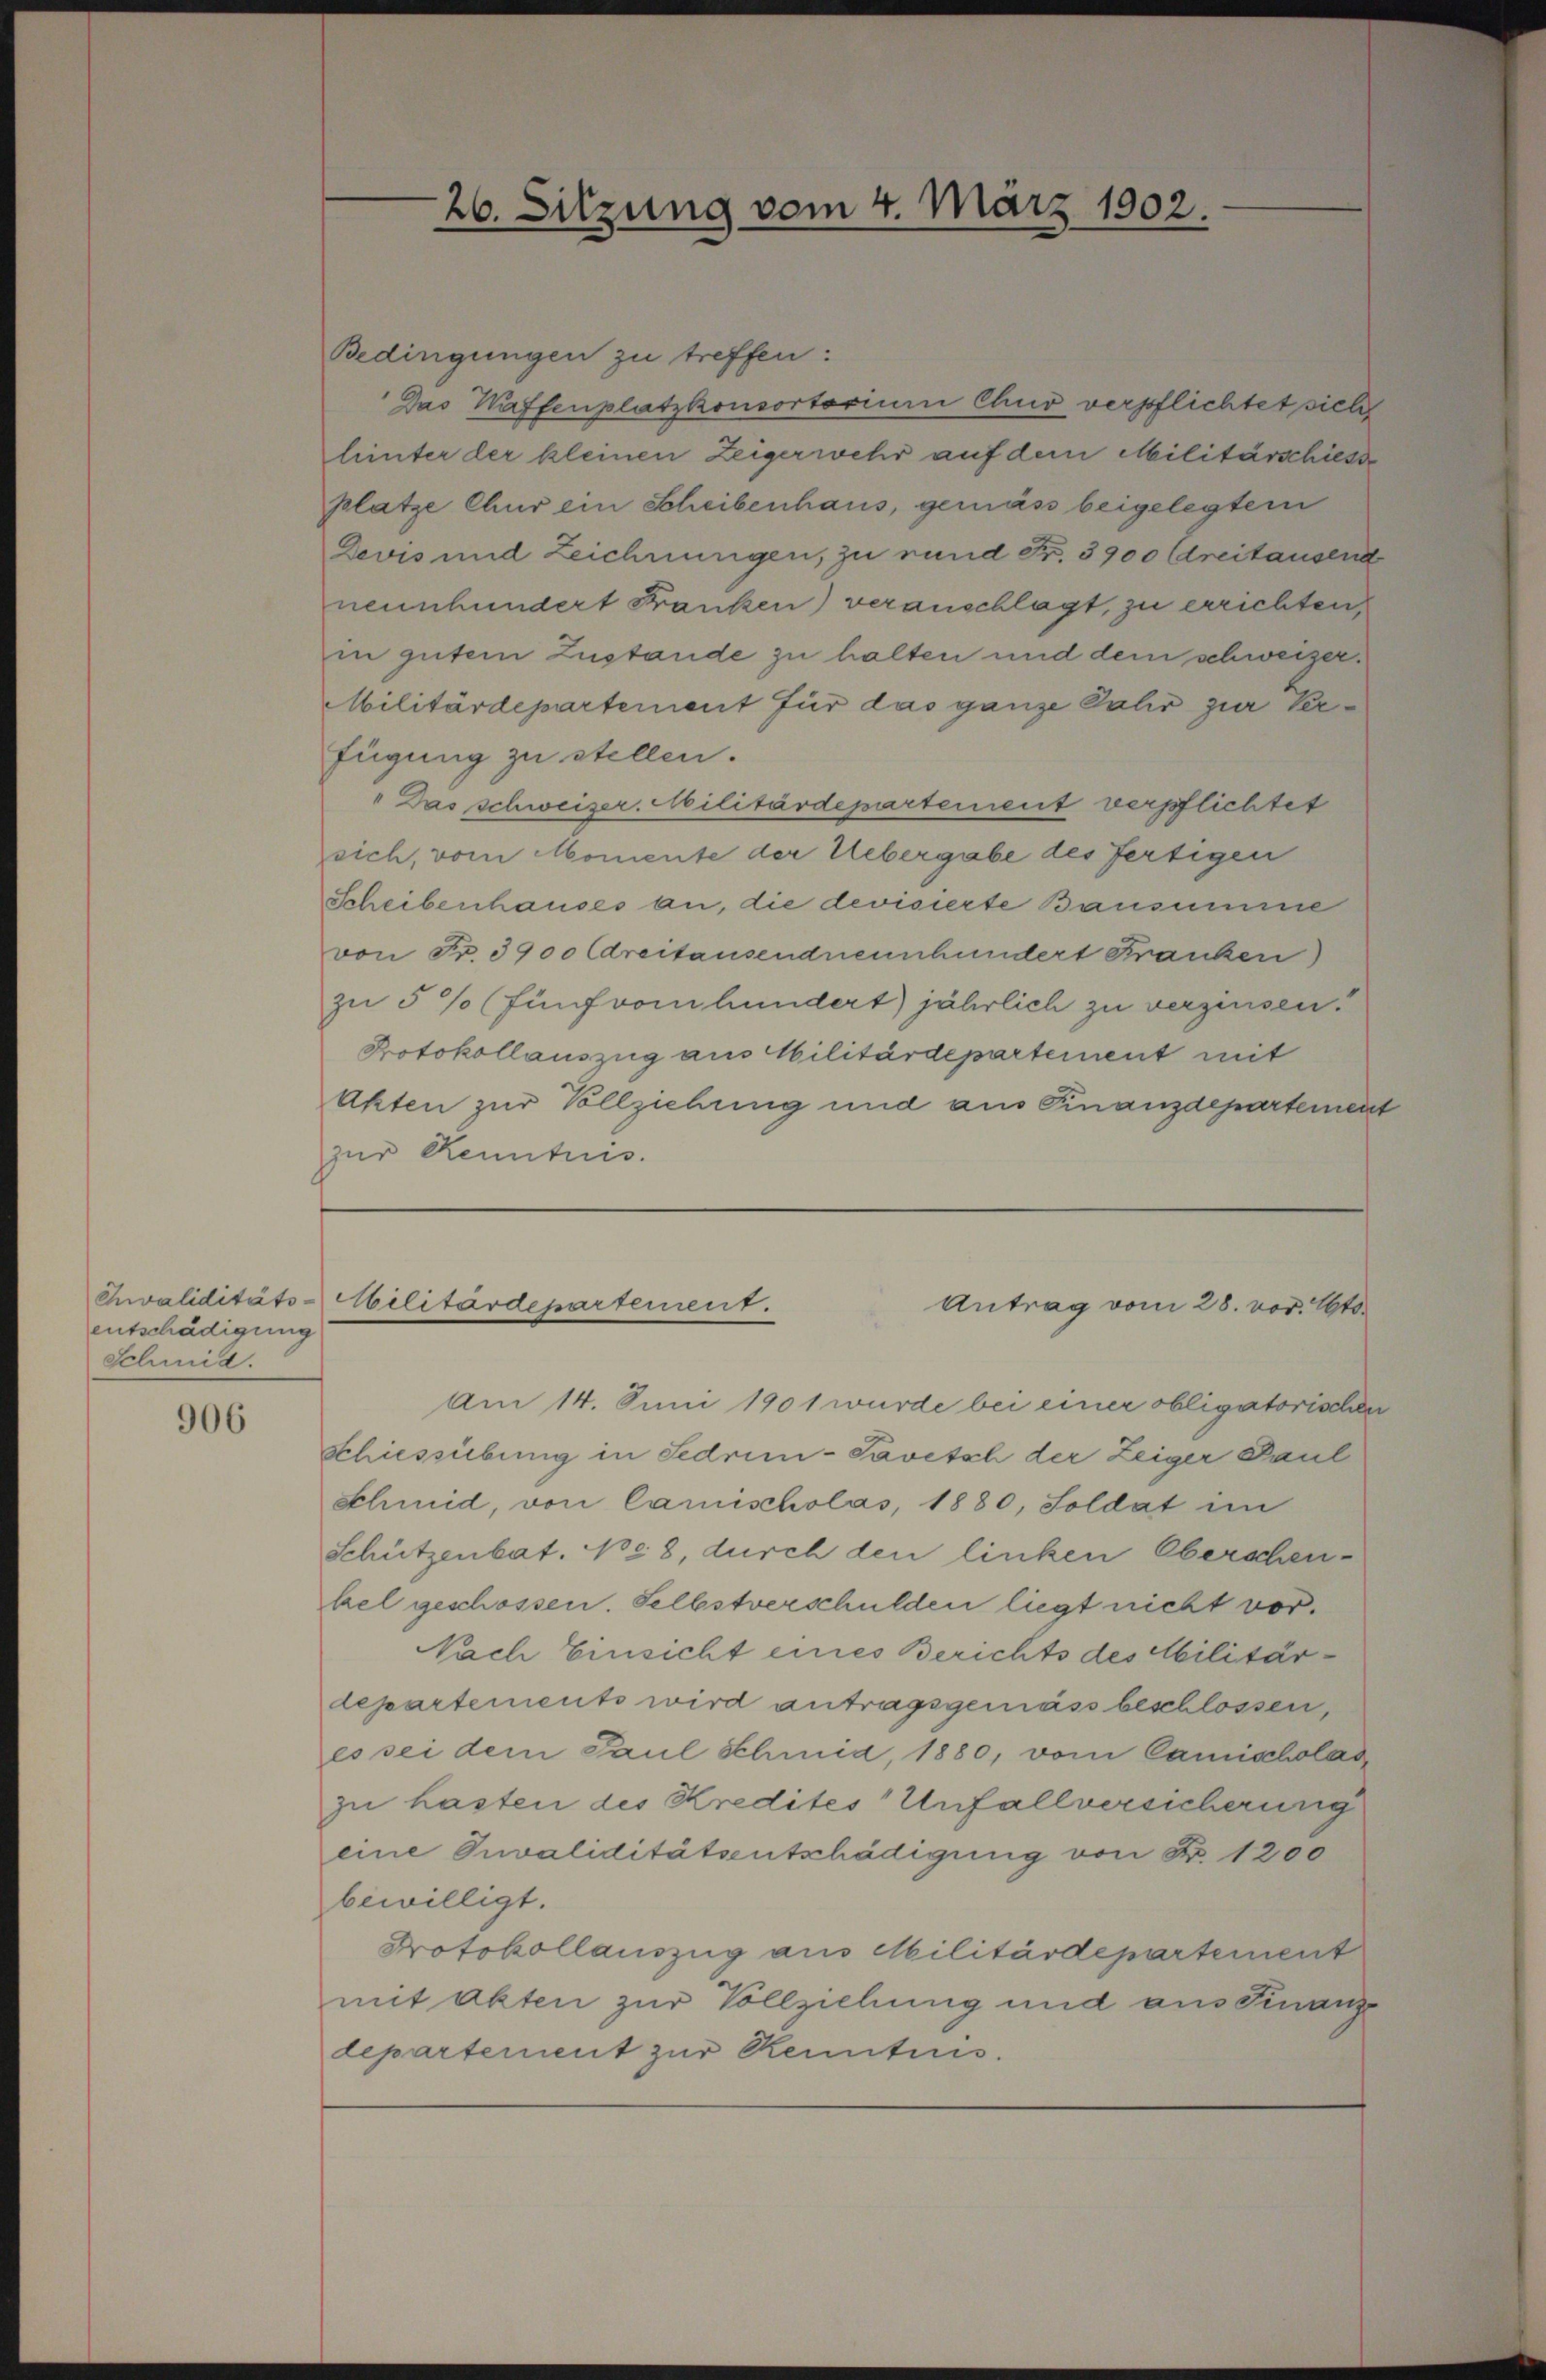
Invaliditäts-
entschädigung
Schmid.

906

Bedingungen zu treffen:
Das Waffenplatzkonsortorium Chur verpflichtet sicht
hinter der kleinen Zeigerwehr auf dem Militärschiesse
platze Chur ein Scheibenhaus, gemäss beigelegter
Devis und Zeichnungen, zu rund Fr. 3900 Ctreitausend
neunhundert Franken) veranschlagt, zu errichten,
in gutem Zustande zu halten und dem schweizer¬
Militärdepartement für das ganze Jahr zur Verfügung zu stellen.
" Das schweiser. Militärdepartement verpflichtet
sich, vom Momente der Uebergabe des fertigen
Scheibenhauses an, die devisierte Bausumme
von Fr. 3900 (dreitausendneunhundert Franken)
zu 5% (fünf vom hundert) jährlich zu verzinsen.
Protokollauszug aus Militärdepartement mit
Akten zur Vollziehung und aus Finanzdepartement
zur Kennters.

26. Sitzung vom 4. März 1902.

bilitärdepartement.
Antrag vom 28. vor. Mts.

Am 14. Juni 1901 wurde bei einer obligatorischen
schiessübung in Sedri-Savetsch der Zeiger Paul
Schmid, von Camischolas, 1880, Soldat im
Schützenbat. Ne 8, durch den linken Oberschenkel geschossen. Selbstverschulden liegt nicht vor.
Nach Einsicht eines Berichts des Militärdepartements wird antragsgemäss beschlossen,
es sei dem Paul Schmid, 1880, vom Camischolas
zu hasten des Kredites Unfallversicherung
eine Invaliditätsentschädigung von Fr. 1200
bewilligt.
Protokollauszug aus Militärdepartement
mit Akten zur Vollziehung und aus Finanz-
departement zur Kenntnis.